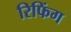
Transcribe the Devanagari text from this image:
रिफिंग